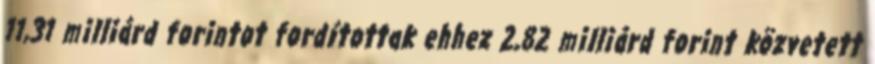
11,31 milliárd forintot fordítottak ehhez 2,82 milliárd forint közvetett